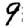
Digit: 9